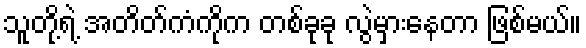
သူတို့ရဲ့ အတိတ်ကံကိုက တစ်ခုခု လွဲမှားနေတာ ဖြစ်မယ်။